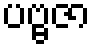
ပဗ္ဗဇာ